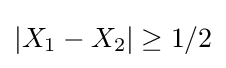
|X_{1}-X_{2}|\geq 1/2